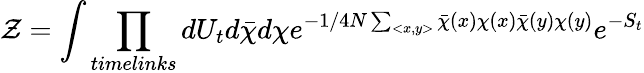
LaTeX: {\cal Z}=\int\prod_{timelinks}dU_{t}d\bar{\chi}d\chi e^{-1/{4N}\sum_{<x,y>}\bar{\chi}(x)\chi(x)\bar{\chi}(y)\chi(y)}e^{-S_{t}}